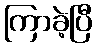
ကြာခဲ့ပြီ